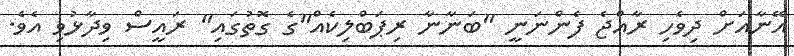
އޭނާއަށް ދިވެހި ރާއްޖެ ފެންނަނީ "ބަނާނާ ރިޕަބްލިކެއް"ގެ ގޮތުގައި" ރައީސް ވިދާޅުވި އެވެ.